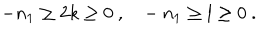
- n _ { 1 } \ge 2 k \ge 0 \ , \ \ \ - n _ { 1 } \ge l \ge 0 \ .